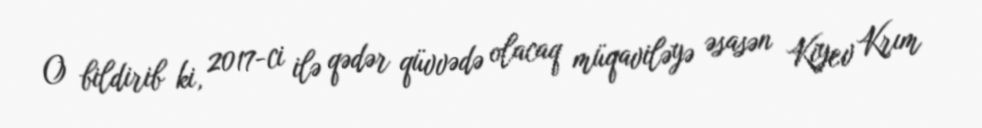
O bildirib ki, 2017-ci ilə qədər qüvvədə olacaq müqaviləyə əsasən Kiyev Krım